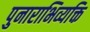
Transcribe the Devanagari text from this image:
पुनाराभिव्यक्ति